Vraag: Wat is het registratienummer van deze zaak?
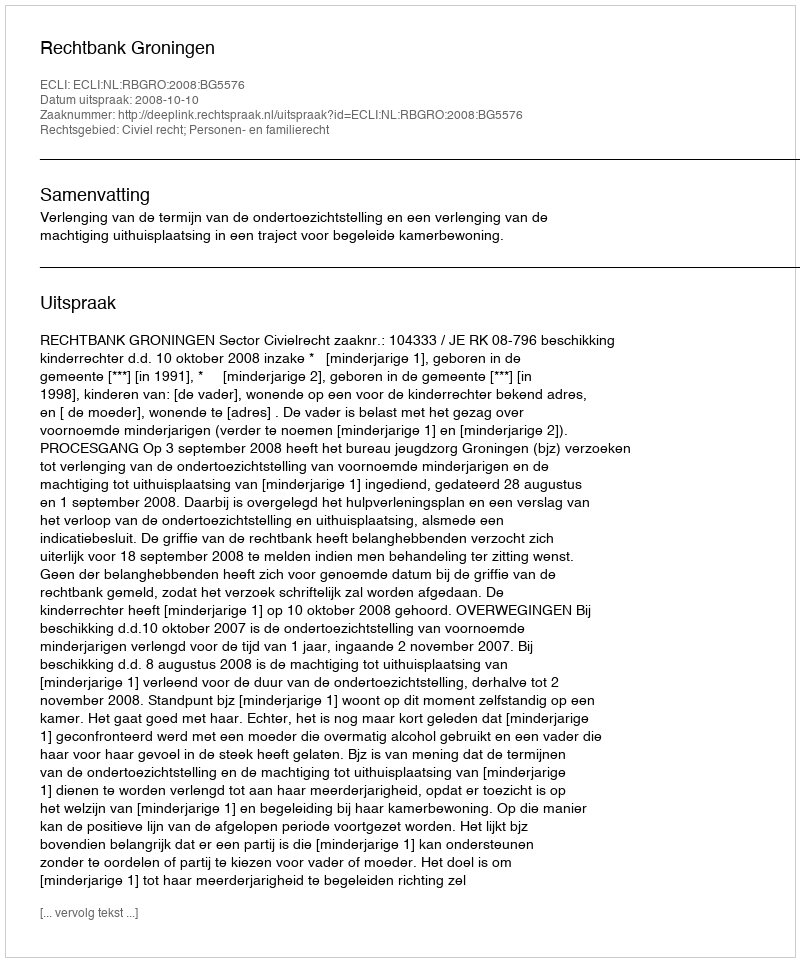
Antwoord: http://deeplink.rechtspraak.nl/uitspraak?id=ECLI:NL:RBGRO:2008:BG5576